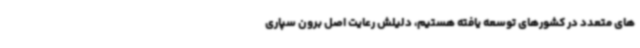
های متعدد در کشورهای توسعه یافته هستیم، دلیلش رعایت اصل برون سپاری